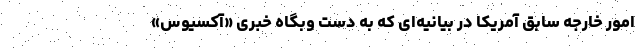
امور خارجه سابق آمریکا در بیانیه‌ای که به دست وبگاه خبری «آکسیوس»